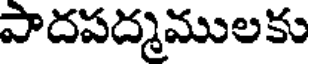
పాదపద్మములకు